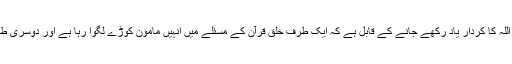
اس سلسلے میں امام اہل السنۃ و الجماعہ احمد بن حنبل رحمہ اللہ کا کردار یاد رکھے جانے کے قابل ہے کہ ایک طرف خلق قرآن کے مسئلے میں انہیں مامون کوڑے لگوا رہا ہے اور دوسری طرف وہ انہیں یا امیرالمومنین کہ کر خطاب بھی کررہے ہیں ۔